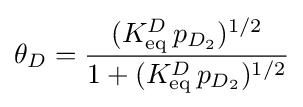
\theta _{D}={\frac {(K_{\text{eq}}^{D}\,p_{D_{2}})^{1/2}}{1+(K_{\text{eq}}^{D}\,p_{D_{2}})^{1/2}}}